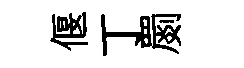
偃丁罽